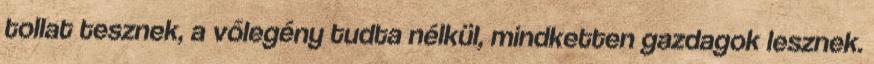
tollat tesznek, a vőlegény tudta nélkül, mindketten gazdagok lesznek.